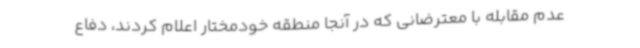
عدم مقابله با معترضانی که در آنجا منطقه خودمختار اعلام کردند، دفاع